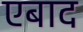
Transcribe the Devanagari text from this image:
एबाद